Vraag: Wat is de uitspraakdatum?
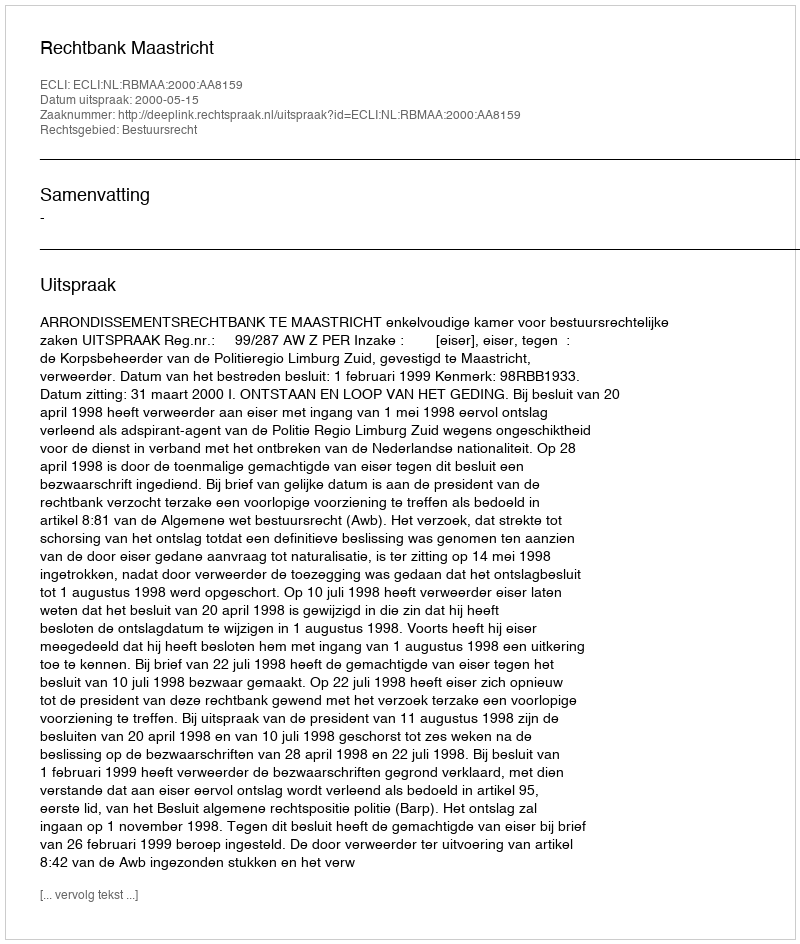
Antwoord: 2000-05-15